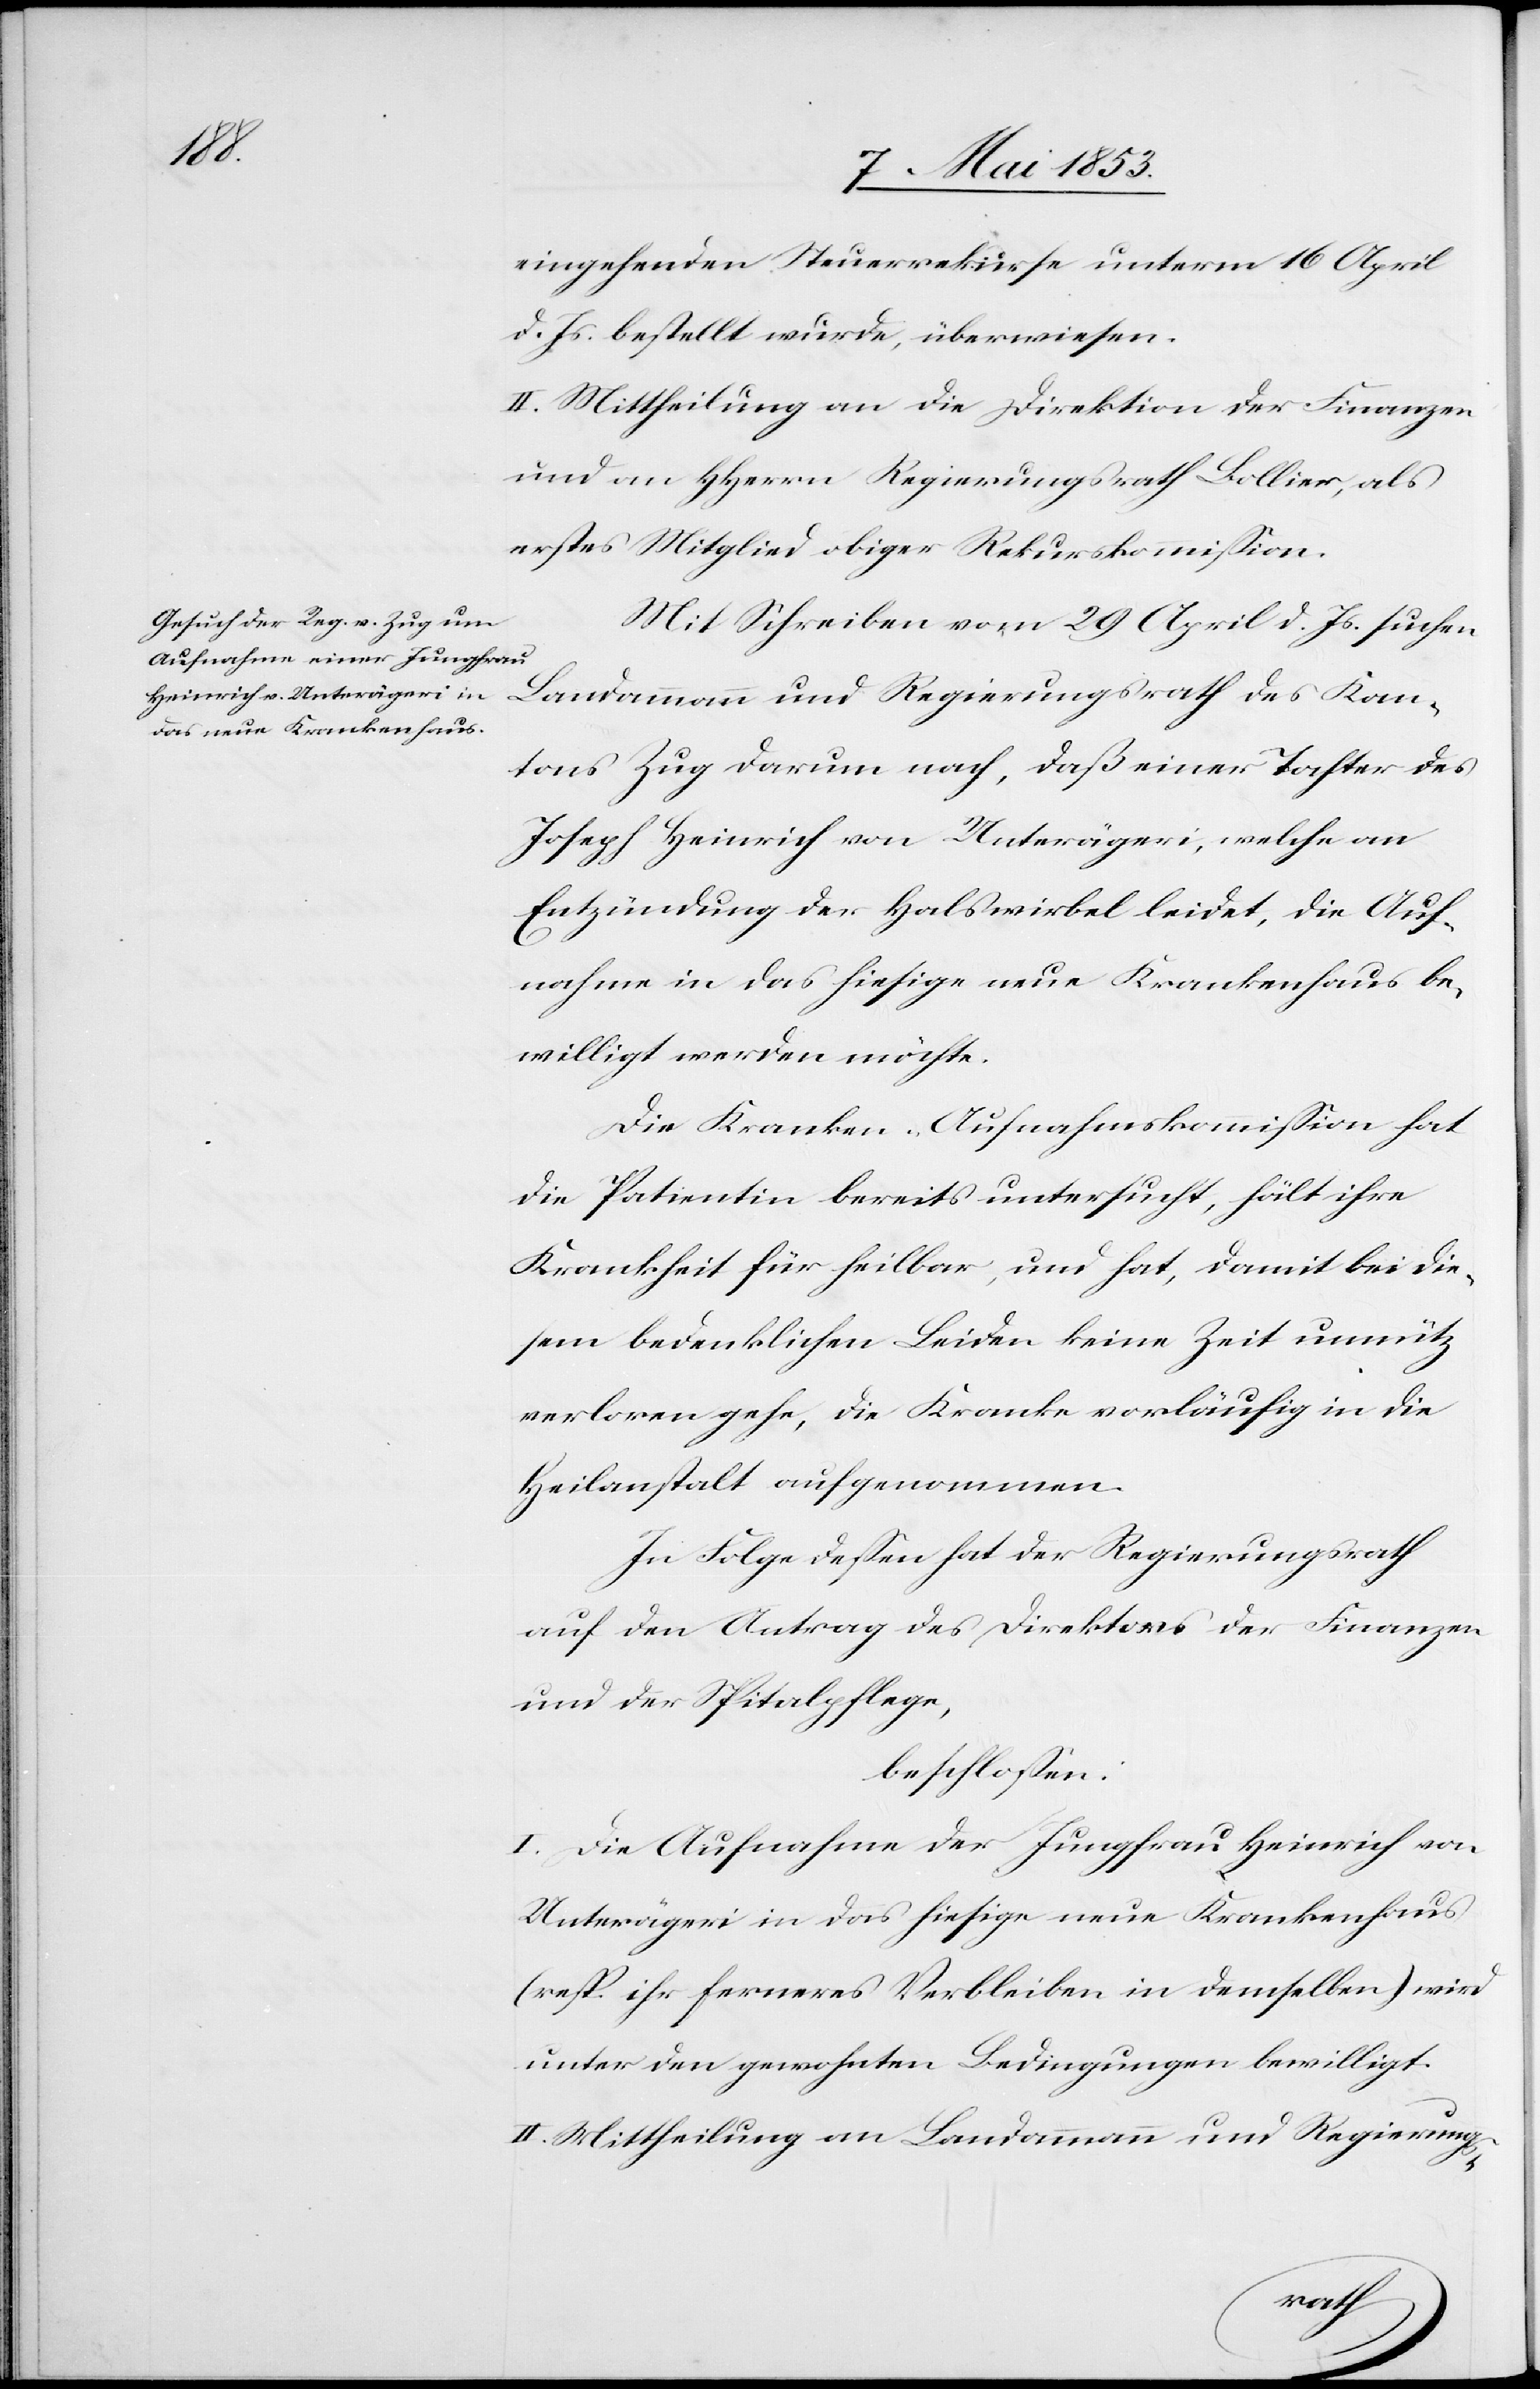
eingehenden Steuerrekurse unterm 16 April
d. Js. bestellt wurde, überwiesen.
II. Mittheilung an die Direktion der Finanzen
und an HHerrn Regierungsrath Bollier, als
erstes Mitglied obiger Rekurskommißion.
Mit Schreiben vom 29 April d. Js. suchen
Landammann und Regierungsrath des Kan¬
tons Zug darum nach, daß einer Tochter des
Joseph Heinrich von Unterägeri, welche an
Entzündung der Halswirbel leidet, die Auf¬
nahme in das hiesige neue Krankenhaus be¬
willigt werden möchte.
Die Kranken-Aufnahmskommißion hat
die Patientin bereits untersucht, hält ihre
Krankheit für heilbar, und hat, damit bei die¬
sem bedenklichen Leiden keine Zeit unnütz
verloren gehe, die Kranke vorläufig in die
Heilanstalt aufgenommen.
In Folge deßen hat der Regierungsrath
auf den Antrag des Direktors der Finanzen
und der Spitalpflege,
beschloßen:
I. Die Aufnahme der Jungfrau Heinrich von
Unterägeri in das hiesige neue Krankenhaus
(resp. ihr ferneres Verbleiben in demselben) wird
unter den gewohnten Bedingungen bewilligt.
II. Mittheilung an Landammann und Regierungs-